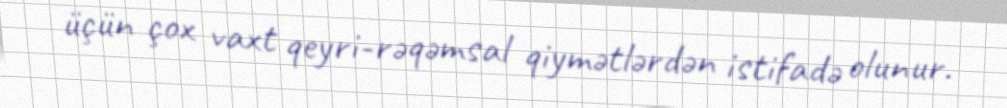
üçün çox vaxt qeyri-rəqəmsal qiymətlərdən istifadə olunur.